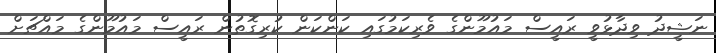
ނަޝީދު ވިދާޅުވީ ރައީސް މައުމޫންގެ ވެރިކަމުގައި ކަންކަން ކުރިގޮތުން ރައީސް މައުމޫންގެ މައްޗަށް